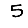
Digit: 5